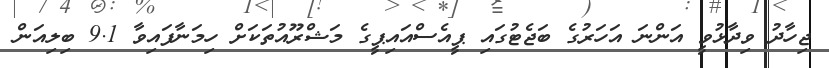
ޖިހާދު ވިދާޅުވީ އަންނަ އަހަރުގެ ބަޖެޓުގައި ޕީއެސްއައިޕީގެ މަޝްރޫއުތަކަށް ހިމަނާފައިވާ 9.1 ބިލިއަން